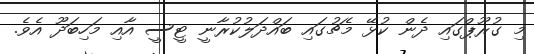
މި ގުރޫޕްގައި ދެން ކުޅޭ މެޗުގައި ބައްދަލުކުރާނީ ޓީސީ އާއި މަހިބަދޫ އެވެ.